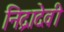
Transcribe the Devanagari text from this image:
निद्रादेवी